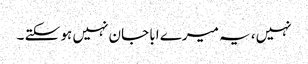
نہیں، یہ میرے ابا جان نہیں ہو سکتے ۔